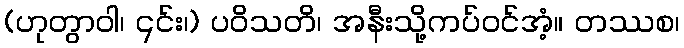
(ဟုတွာဝါ၊ ၎င်း၊) ပဝိသတိ၊ အနီးသို့ကပ်ဝင်အံ့။ တဿစ၊